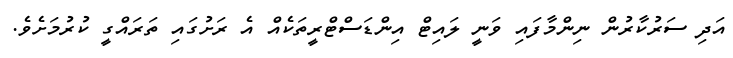
އަދި ސަރުކާރުން ނިންމާފައި ވަނީ ލައިޓް އިންޑަސްޓްރީތަކެއް އެ ރަށުގައި ތަރައްގީ ކުރުމަށެވެ.